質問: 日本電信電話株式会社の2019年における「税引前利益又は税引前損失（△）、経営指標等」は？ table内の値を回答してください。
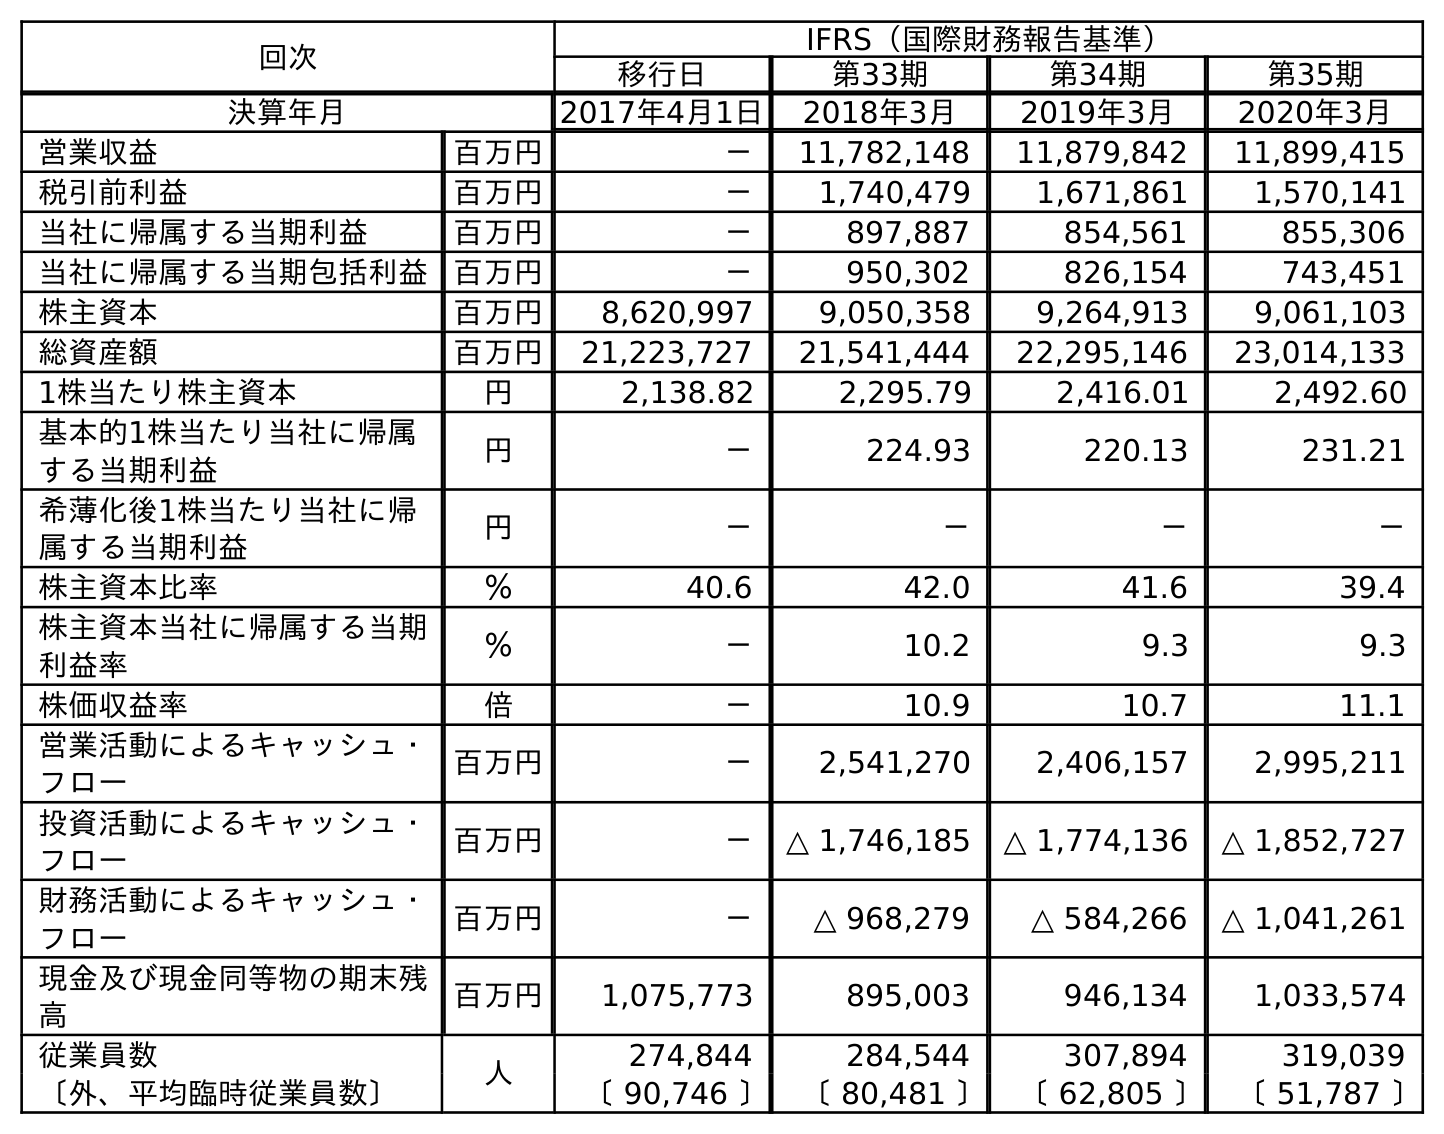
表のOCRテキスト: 回次 IFRS（国際財務報告基準） 移行日 第33期 第34期 第35期 決算年月 2017年4月1日 2018年3月 2019年3月 2020年3月 営業収益 百万円 － 11,782,148 11,879,842 11,899,415 税引前利益 百万円 － 1,740,479 1,671,861 1,570,141 当社に帰属する当期利益 百万円 － 897,887 854,561 855,306 当社に帰属する当期包括利益 百万円 － 950,302 826,154 743,451 株主資本 百万円 8,620,997 9,050,358 9,264,913 9,061,103 総資産額 百万円 21,223,727 21,541,444 22,295,146 23,014,133 1株当たり株主資本 円 2,138.82 2,295.79 2,416.01 2,492.60 基本的1株当たり当社に帰属 する当期利益 円 － 224.93 220.13 231.21 希薄化後1株当たり当社に帰 属する当期利益 円 － － － － 株主資本比率 ％ 40.6 42.0 41.6 39.4 株主資本当社に帰属する当期 利益率 ％ － 10.2 9.3 9.3 株価収益率 倍 － 10.9 10.7 11.1 営業活動によるキャッシュ・ フロー 百万円 － 2,541,270 2,406,157 2,995,211 投資活動によるキャッシュ・ フロー 百万円 － △ 1,746,185 △ 1,774,136 △ 1,852,727 財務活動によるキャッシュ・ フロー 百万円 － △ 968,279 △ 584,266 △ 1,041,261 現金及び現金同等物の期末残 高 百万円 1,075,773 895,003 946,134 1,033,574 従業員数 人 274,844 284,544 307,894 319,039 〔外、平均臨時従業員数〕 〔 90,746 〕 〔 80,481 〕 〔 62,805 〕 〔 51,787 〕
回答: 1,671,861